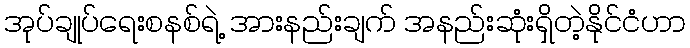
အုပ်ချုပ်ရေးစနစ်ရဲ့ အားနည်းချက် အနည်းဆုံးရှိတဲ့နိုင်ငံဟာ